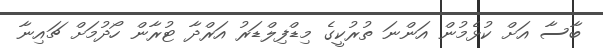
ބާސާ އަށް ކުޅެމުން އަންނަ ތުރުކީގެ މިޑްފިލްޑަރު އަރްދާ ޓުރާން ހޯދުމަށް ޗައިނާ